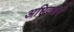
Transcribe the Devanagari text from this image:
अभिवधर्न